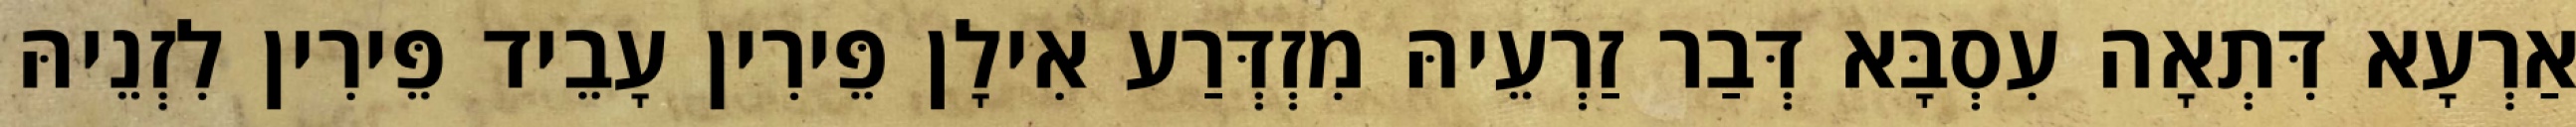
אַרְעָא דִּתְאָה עִסְבָּא דְּבַר זַרְעֵיהּ מִזְדְּרַע אִילָן פֵּירִין עָבֵיד פֵּירִין לִזְנֵיהּ